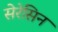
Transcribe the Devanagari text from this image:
सेरेसिन